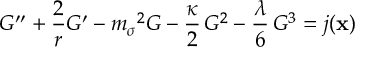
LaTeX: G ^ { \prime \prime } + { \frac { 2 } { r } } G ^ { \prime } - { m _ { \sigma } } ^ { 2 } G - { \frac { \kappa } { 2 } } \, { G ^ { 2 } } - { \frac { \lambda } { 6 } } \, { G ^ { 3 } } = j ( { \bf x } )